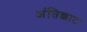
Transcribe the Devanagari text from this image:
अंतिक्काट